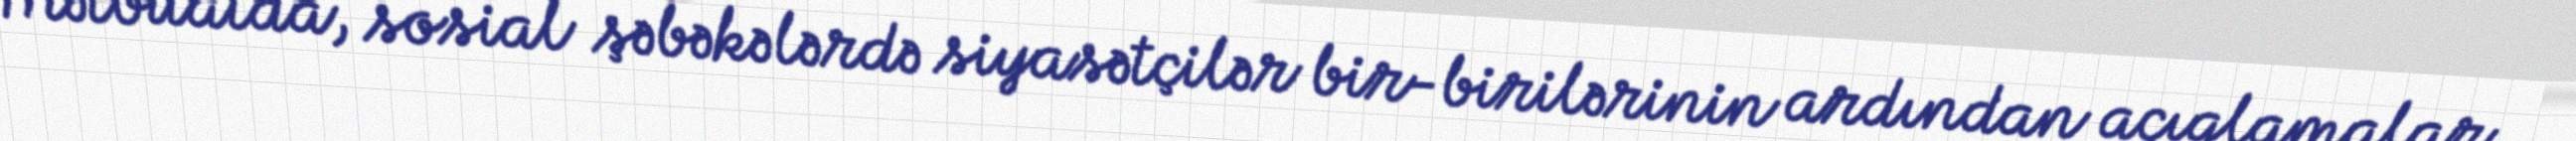
Mətbuatda, sosial şəbəkələrdə siyasətçilər bir-birilərinin ardından açıqlamalar